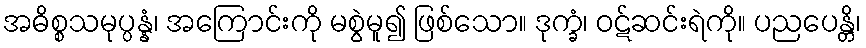
အဓိစ္စသမုပ္ပန္နံ၊ အကြောင်းကို မစွဲမူ၍ ဖြစ်သော။ ဒုက္ခံ၊ ဝဋ်ဆင်းရဲကို။ ပညပေန္တိ၊